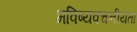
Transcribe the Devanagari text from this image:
भविष्‍यवचनीयता